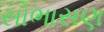
સોભાસણ